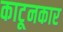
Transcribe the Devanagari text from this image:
काटूनकार